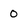
Character: 0